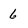
Character: 6